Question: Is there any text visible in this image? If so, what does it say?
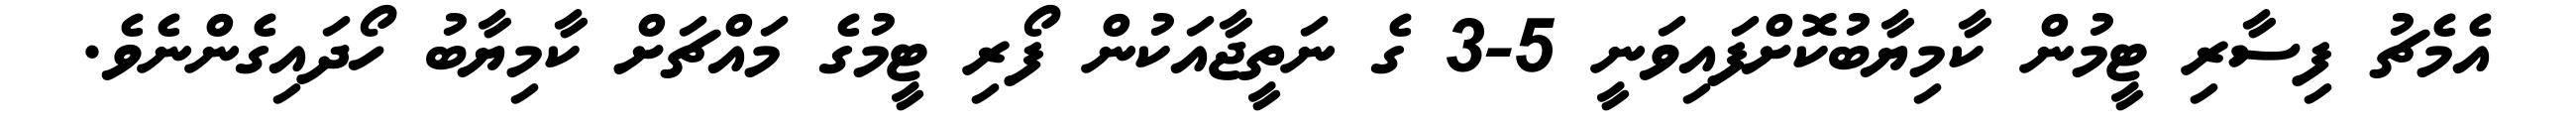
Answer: އެމެޗު ފިސާރި ޓީމުން ކާމިޔާބުކޮށްފައިވަނީ 5-3 ގެ ނަތީޖާއަކުން ފޯރި ޓީމުގެ މައްޗަށް ކާމިޔާބު ހޯދައިގެންނެވެ.